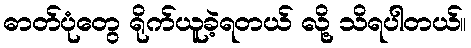
ဓာတ်ပုံတွေ ရိုက်ယူခဲ့ရတယ် လို့ သိရပါတယ်။